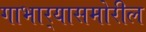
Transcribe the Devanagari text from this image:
गाभार्‍यासमोरील